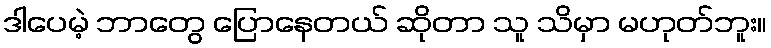
ဒါပေမဲ့ ဘာတွေ ပြောနေတယ် ဆိုတာ သူ သိမှာ မဟုတ်ဘူး။